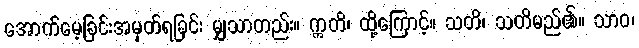
အောက်မေ့ခြင်းအမှတ်ရခြင်း မျှသာတည်း။ ဣတိ၊ ထို့ကြောင့်။ သတိ၊ သတိမည်၏။ သာဝ၊